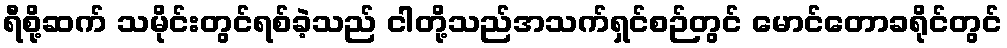
ရီစို့ဆက် သမိုင်းတွင်ရစ်ခဲ့သည် ငါတို့သည်အသက်ရှင်စဉ်တွင် မောင်တောခရိုင်တွင်